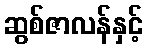
ဆွစ်ဇာလန်နှင့်